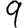
Digit: 9